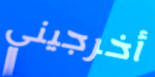
أخرجيني